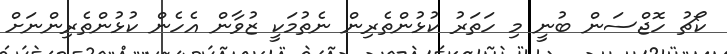
ކޯޗު ހޮޖްސަން ބުނީ މި ހަތަރު ކުޅުންތެރިން ނެތުމަކީ ޒުވާން އެހެން ކުޅުންތެރިންނަށް